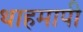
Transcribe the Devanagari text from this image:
थाहमापी